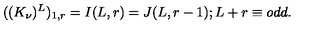
( ( K _ { \nu } ) ^ { L } ) _ { 1 , r } = I ( L , r ) = J ( L , r - 1 ) ; L + r \equiv o d d .